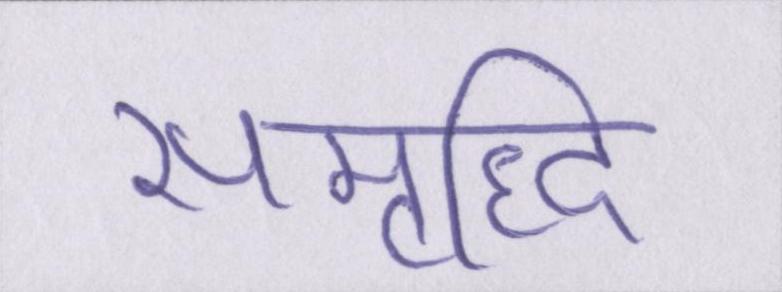
समृध्दि